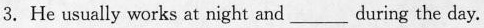
3. He usually works at night and___during the day.